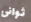
ثوانى